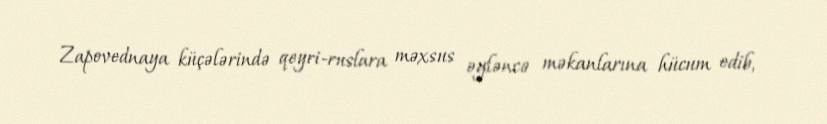
Zapovednaya küçələrində qeyri-ruslara məxsus əyləncə məkanlarına hücum edib,